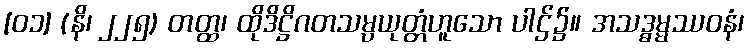
[၀၁] (နိ၊ ၂၂၅) တတ္ထ၊ ထိုဒိဋ္ဌိဂတသမ္ပယုတ္တံဟူသော ပါဌ်၌။ အသဒ္ဓမ္မဿဝနံ၊